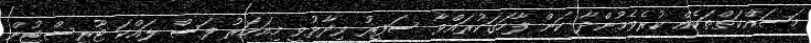
މަސައްކަތްތަކެއް ކުރެވެމުންދާ ކަން ފާހަގަކުރައްވާ ސަފީރު ވިދާޅުވީ މިއަހަރު ފަސް ލައްކަ ޓޫރިސްޓުން